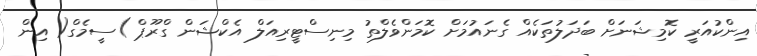
އިންކުއަރީ ކޮމިޝަނަށް ބަދަލުތަކެއް ގެނައުމަށް ކޮމަންވެލްތު މިނިސްޓީރިއަލް އެކްޝަން ގްރޫޕް )ސީމެގް( އިން